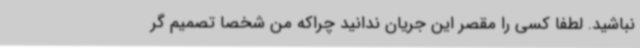
نباشید. لطفا کسی را مقصر این جریان ندانید چراکه من شخصاً تصمیم گر